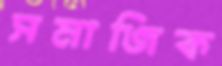
সমাজিক